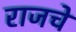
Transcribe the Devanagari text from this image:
राजचे